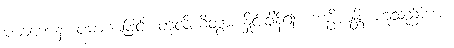
ပမာဏေန၊ ပမာဏဖြင့်။ တုလိယိတွာ၊ နှိုင်းချိန်၍။ ကပ္ပိယန္တိ၊ ဟူသည်ကား။